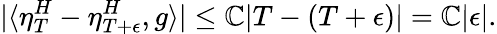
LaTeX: |\langle\eta_{T}^{H}-\eta_{T+\epsilon}^{H},g\rangle|\leq\mathbb{C}|T-(T+\epsilon)|=\mathbb{C}|\epsilon|.